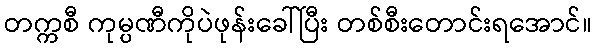
တက္ကစီ ကုမ္ပဏီကိုပဲဖုန်းခေါ်ပြီး တစ်စီးတောင်းရအောင်။